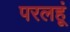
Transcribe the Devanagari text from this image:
परलहूं